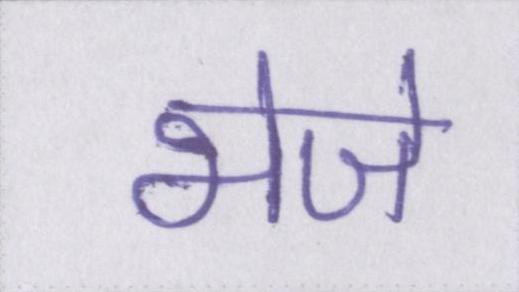
भेजे